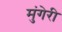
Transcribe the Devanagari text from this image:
मुंगेरी